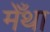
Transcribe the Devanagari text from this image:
मेँथा